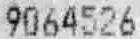
9064526